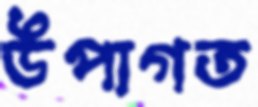
উপাগত